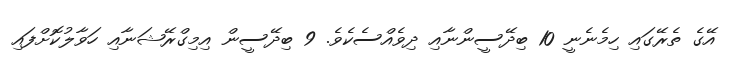
އޭގެ ތެރޭގައި ހިމެނެނީ 10 ބިދޭސީންނާއި ދިވެއްސެކެވެ. 9 ބިދޭސީން އިމިގްރޭޝަނާއި ހަވާލުކޮށްފައި